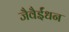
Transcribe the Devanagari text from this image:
जैवैईंधन